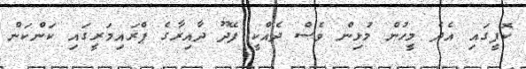
ކޮފީގައި އެދެ މީހުން މުޅިން ވެސް ދެއްކީ ފޭދޫ ދާއިރާގެ ޕްރައިމަރީގައި ކަންކަން